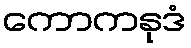
ကောကနုဒံ